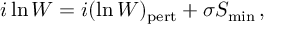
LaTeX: i \ln W = i ( \ln W ) _ { \mathrm { p e r t } } + \sigma S _ { \mathrm { m i n } } \, ,